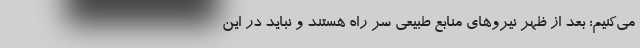
می‌کنیم؛ بعد از ظهر نیروهای منابع طبیعی سر راه هستند و نباید در این